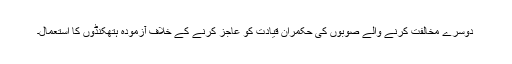
دوسرے مخالفت کرنے والے صوبوں کی حکمران قیادت کو عاجز کرنے کے خلاف آزمودہ ہتھکنڈوں کا استعمال۔